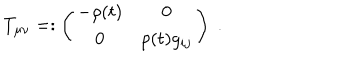
LaTeX: T _ { \mu \nu } = : \left( \begin{array} { c c } { { - \rho ( t ) } } & { { 0 } } \\ { { 0 } } & { { p ( t ) g _ { i j } } } \\ \end{array} \right) \; .